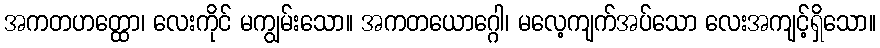
အကတဟတ္ထော၊ လေးကိုင် မကျွမ်းသော။ အကတယောဂ္ဂေါ၊ မလေ့ကျက်အပ်သော လေးအကျင့်ရှိသော။